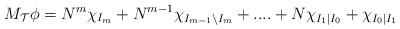
LaTeX: \begin{align*}M_{\mathcal{T}}\phi=N^{m}\chi_{I_{m}}+N^{m-1}\chi_{I_{m-1}\backslash I_{m}}+....+N\chi_{I_{1}|I_{0}}+\chi_{I_{0}|I_{1}}\end{align*}